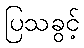
ပြသခွင့်